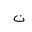
Letter: _non